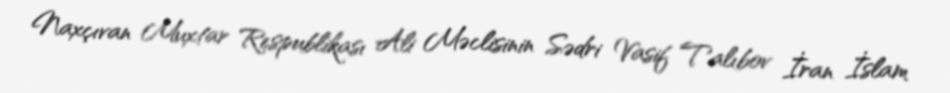
Naxçıvan Muxtar Respublikası Ali Məclisinin Sədri Vasif Talıbov İran İslam